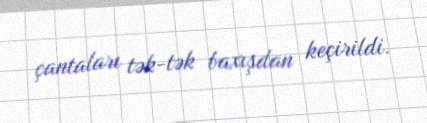
çantaları tək-tək baxışdan keçirildi.